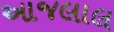
આજલાલ